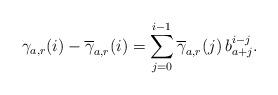
LaTeX: \begin{align*} \gamma_{a,r}(i) -\overline \gamma_{a,r}(i) = \sum_{j=0}^{i-1} \overline \gamma_{a,r}(j) \, b_{a+j}^{i-j}. \end{align*}